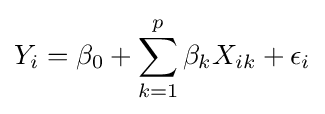
Y_{i}=\beta _{0}+\sum \limits _{k=1}^{p}{\beta _{k}X_{ik}}+\epsilon _{i}